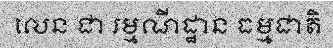
លេន ជា រម្មណីដ្ឋាន ធម្មជាតិ